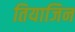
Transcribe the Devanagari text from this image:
तियाजिन